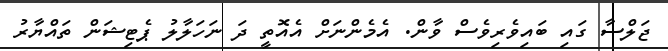
ޖަލްސާ ގައި ބައިވެރިވެސް ވާން. އެމެންނަށް އެއޮތީ ދަ ނަހަލާލު ޕެޓިޝަން ތައްޔާރު